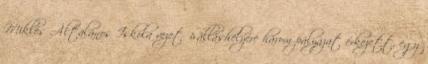
Miklós Általános Iskola vezetői álláshelyére három pályázat érkezett, egy